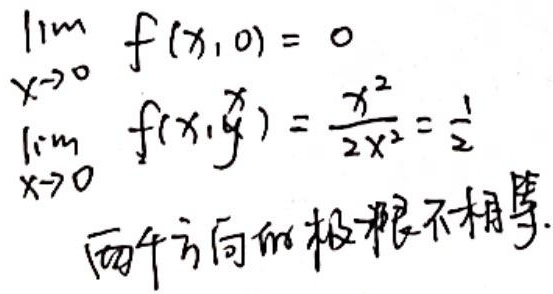
因为两个方向的极限不相等：
\[\begin{align*}
\lim_{x \to 0}f(x,0)&=0\\
\lim_{x \to 0}f(x,x)&=\frac{x^2}{2x^2}=\frac{1}{2}
\end{align*}\]